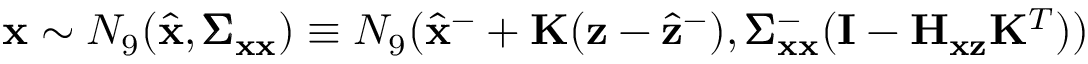
\mathbf { x } \sim N _ { 9 } ( \hat { \mathbf { x } } , \pmb { \Sigma } _ { \mathbf { x } \mathbf { x } } ) \equiv N _ { 9 } ( \hat { \mathbf { x } } ^ { - } + \mathbf { K } ( \mathbf { z } - \hat { \mathbf { z } } ^ { - } ) , \pmb { \Sigma } _ { \mathbf { x } \mathbf { x } } ^ { - } ( \mathbf { I } - \mathbf { H } _ { \mathbf { x } \mathbf { z } } \mathbf { K } ^ { T } ) )